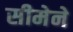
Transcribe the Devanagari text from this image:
सीमेने